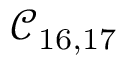
\mathcal { C } _ { 1 6 , 1 7 }